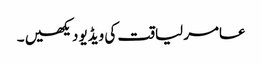
عامر لیاقت کی ویڈیو دیکھیں ۔